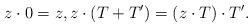
LaTeX: \begin{align*} z \cdot 0 = z, z \cdot (T+T') = (z \cdot T) \cdot T'.\end{align*}